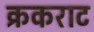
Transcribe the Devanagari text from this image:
क्रकराट